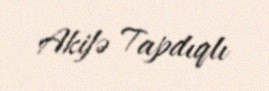
Akifə Tapdıqlı